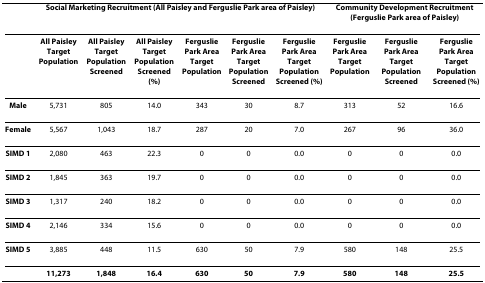
<table><thead><tr><td></td><td colspan="6"><b>Social Marketing Recruitment (All Paisley and Ferguslie Park area of Paisley)</b></td><td colspan="3"><b>Community Development Recruitment (Ferguslie Park area of Paisley)</b></td></tr></thead><tbody><tr><td></td><td><b>All Paisley Target Population</b></td><td><b>All Paisley Target Population Screened</b></td><td><b>All Paisley Target Population Screened (%)</b></td><td><b>Ferguslie Park Area Target Population</b></td><td><b>Ferguslie Park Area Target Population Screened</b></td><td><b>Ferguslie Park Area Target Population Screened (%)</b></td><td><b>Ferguslie Park Area Target Population</b></td><td><b>Ferguslie Park Area Target Population Screened</b></td><td><b>Ferguslie Park Area Target Population Screened (%)</b></td></tr><tr><td><b>Male</b></td><td>5,731</td><td>805</td><td>14.0</td><td>343</td><td>30</td><td>8.7</td><td>313</td><td>52</td><td>16.6</td></tr><tr><td><b>Female</b></td><td>5,567</td><td>1,043</td><td>18.7</td><td>287</td><td>20</td><td>7.0</td><td>267</td><td>96</td><td>36.0</td></tr><tr><td><b>SIMD 1</b></td><td>2,080</td><td>463</td><td>22.3</td><td>0</td><td>0</td><td>0.0</td><td>0</td><td>0</td><td>0.0</td></tr><tr><td><b>SIMD 2</b></td><td>1,845</td><td>363</td><td>19.7</td><td>0</td><td>0</td><td>0.0</td><td>0</td><td>0</td><td>0.0</td></tr><tr><td><b>SIMD 3</b></td><td>1,317</td><td>240</td><td>18.2</td><td>0</td><td>0</td><td>0.0</td><td>0</td><td>0</td><td>0.0</td></tr><tr><td><b>SIMD 4</b></td><td>2,146</td><td>334</td><td>15.6</td><td>0</td><td>0</td><td>0.0</td><td>0</td><td>0</td><td>0.0</td></tr><tr><td><b>SIMD 5</b></td><td>3,885</td><td>448</td><td>11.5</td><td>630</td><td>50</td><td>7.9</td><td>580</td><td>148</td><td>25.5</td></tr><tr><td></td><td><b>11,273</b></td><td><b>1,848</b></td><td><b>16.4</b></td><td><b>630</b></td><td><b>50</b></td><td><b>7.9</b></td><td><b>580</b></td><td><b>148</b></td><td><b>25.5</b></td></tr></tbody></table>